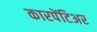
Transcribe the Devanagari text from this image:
कारपेंटिअर